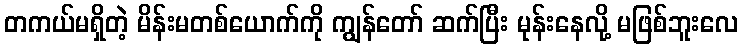
တကယ်မရှိတဲ့ မိန်းမတစ်ယောက်ကို ကျွန်တော် ဆက်ပြီး မုန်းနေလို့ မဖြစ်ဘူးလေ